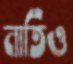
নাতিও